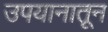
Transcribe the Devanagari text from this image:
उपयानातून